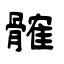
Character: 髉